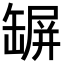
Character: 𦉇